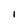
Character: i